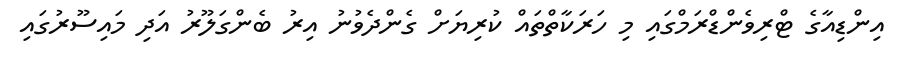
އިންޑިއާގެ ޓްރިވެންޑްރަމްގައި މި ހަރަކާތްތައް ކުރިޔަށް ގެންދެވުނު އިރު ބެންގަލޫރު އަދި މައިސޫރުގައި